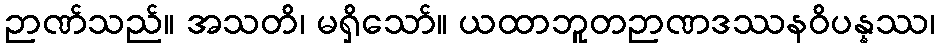
ဉာဏ်သည်။ အသတိ၊ မရှိသော်။ ယထာဘူတဉာဏဒဿနဝိပန္နဿ၊